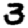
Digit: 3